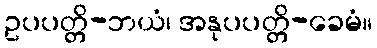
ဥပပတ္တိ-ဘယံ၊ အနုပပတ္တိ-ခေမံ။